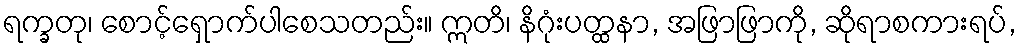
ရက္ခတု၊ စောင့်ရှောက်ပါစေသတည်း။ ဣတိ၊ နိဂုံးပတ္ထနာ, အဖြာဖြာကို, ဆိုရာစကားရပ်,